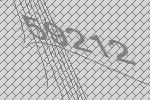
59212